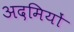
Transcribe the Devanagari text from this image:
अदमियों